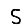
Digit: 5